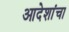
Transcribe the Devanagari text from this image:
आदेशांचा